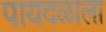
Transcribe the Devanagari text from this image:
पायदळाला